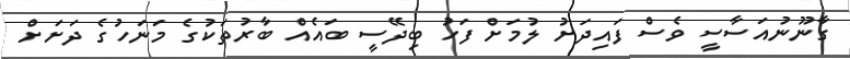
ގާނޫނުއަސާސީ ވެސް ފައިދަށު ލުމަށް ފަހު ބިދޭސީ ބައެއް ބާރުތަކުގެ މަނަހުގެ ދަށަށް